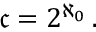
{ \mathfrak { c } } = 2 ^ { \aleph _ { 0 } } \, .